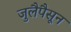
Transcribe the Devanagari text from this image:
जुलैपैसून